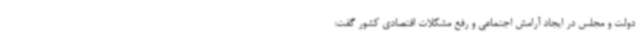
دولت و مجلس در ایجاد آرامش اجتماعی و رفع مشکلات اقتصادی کشور گفت: